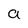
Character: a